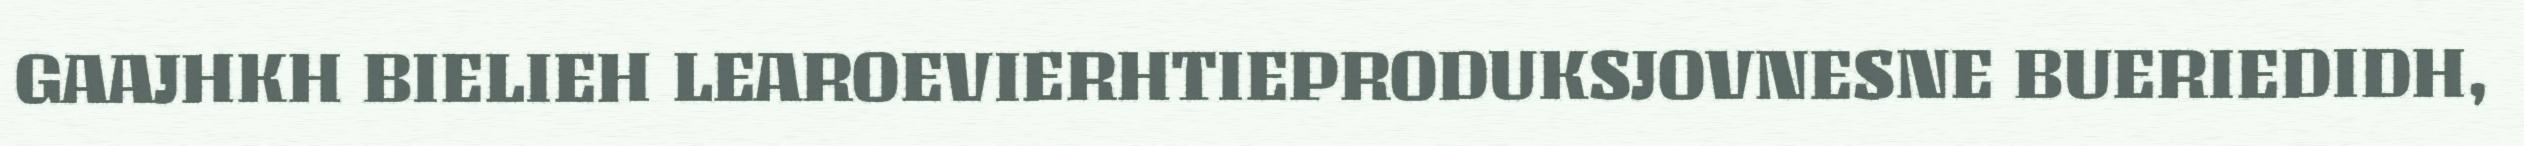
GAAJHKH BIELIEH LEAROEVIERHTIEPRODUKSJOVNESNE BUERIEDIDH,